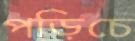
পড়িচে